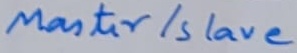
Text: Master/Slave